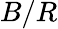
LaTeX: B/R